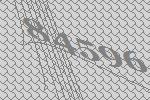
84596